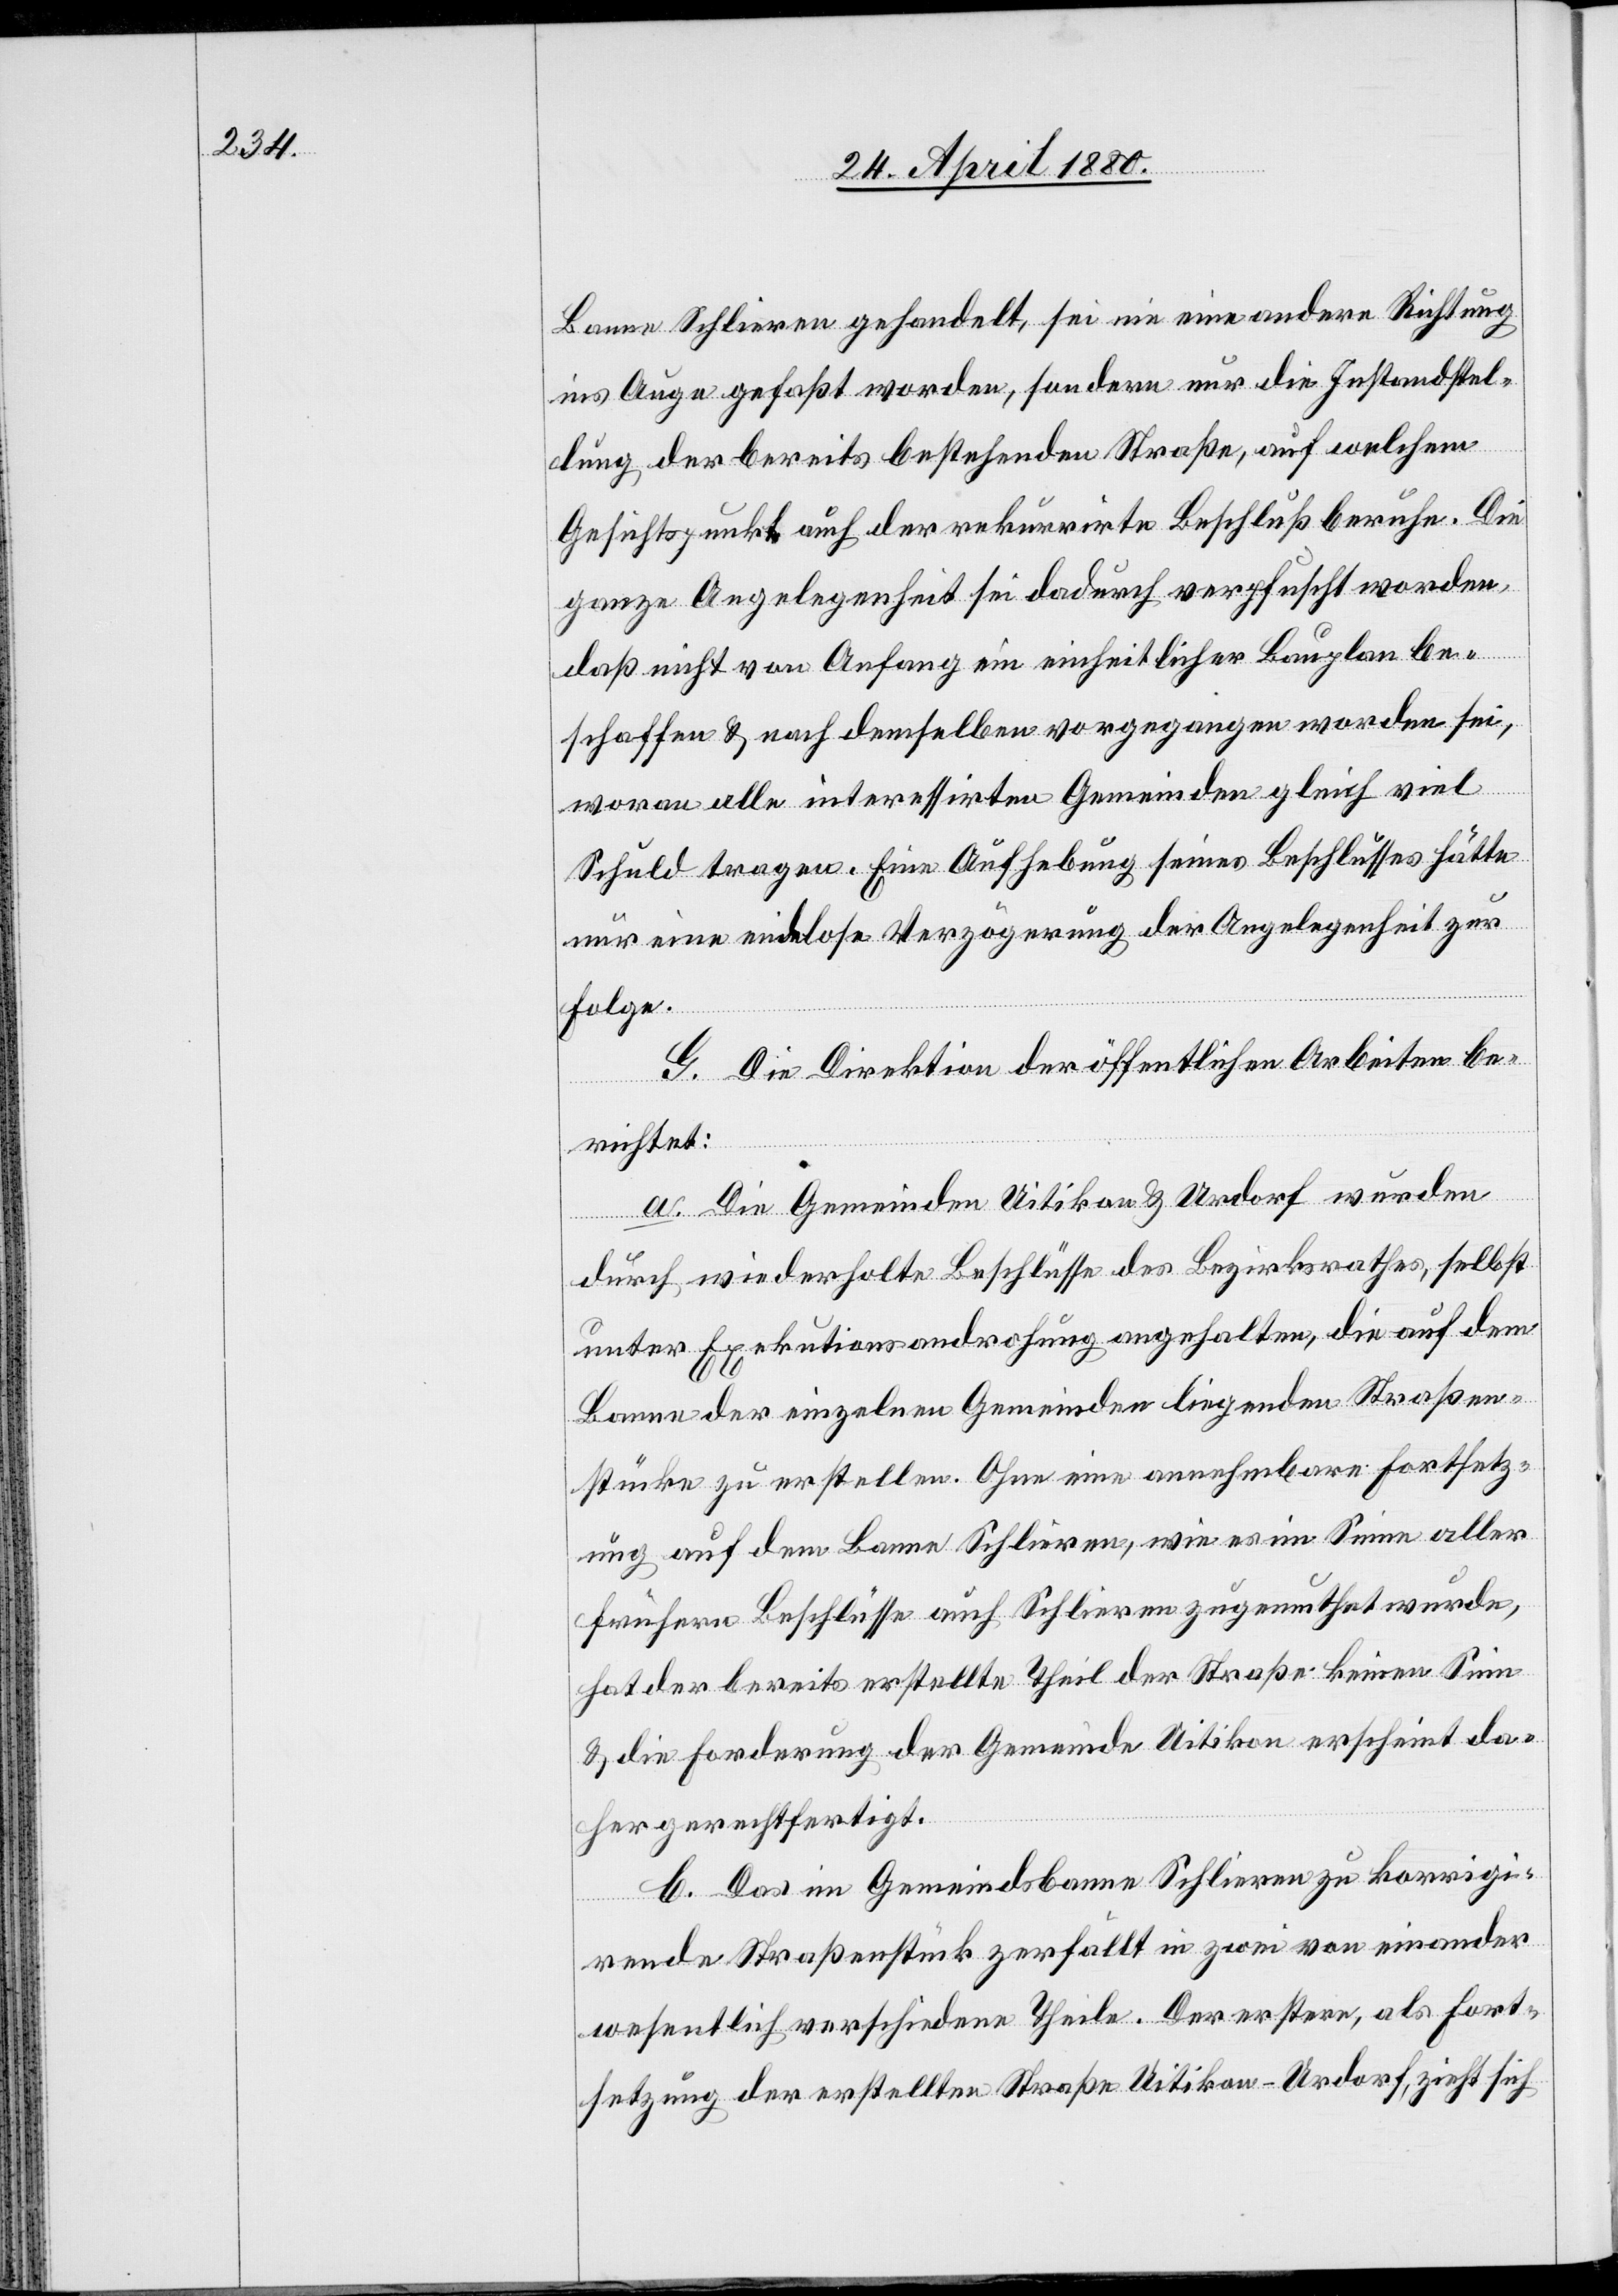
Banne Schlieren gehandelt, sei nie eine andere Richtung
ins Auge gefaßt worden, sondern nur die Instandstel¬
lung der bereits bestehenden Straße, auf welchem
Gesichtspunkt auch der rekurrirte Beschluß beruhe. Die
ganze Angelegenheit sei dadurch verpfuscht worden,
daß nicht von Anfang ein einheitlicher Bauplan be¬
schaffen & nach demselben vorgegangen worden sei,
woran alle interessirten Gemeinden gleich viel
Schuld tragen. Eine Aufhebung seines Beschlusses hätte
nur ein endlose Verzögerung der Angelegenheit zur
Folge.
G. Die Direktion der öffentlichen Arbeiten be¬
richtet:
a. Die Gemeinden Uitikon & Urdorf wurden
durch wiederholte Beschlüsse des Bezirksrathes, selbst
unter Exekutionsandrohung angehalten, die auf dem
Banne der einzelnen Gemeinden liegenden Straßen¬
stücke zu erstellen. Ohne eine annehmbare Fortsetz¬
ung auf dem Banne Schlieren, wie es im Sinne aller
frühern Beschlüsse auch Schlieren zugemuthet wurde,
hat der bereits erstellte Theil der Straße keinen Sinn
& die Forderung der Gemeinde Uitikon erscheint da¬
her gerechtfertigt.
b. Das im Gemeindsbanne Schlieren zu korrigi¬
rende Straßenstück zerfällt in zwei von einander
wesentlich verschiedene Theile. Der erstere, als Fort¬
setzung der erstellten Straße Uitikon–Urdorf, zieht sich